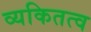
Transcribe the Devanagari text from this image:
व्यकितत्व